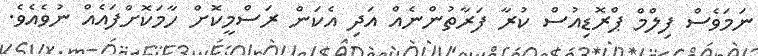
ނަމަވެސް ފިލްމް ޕްރޮޑިއުސް ކުރާ ފަރާތުންނެއް އަދި އެކަން ރަސްމީކޮށް ހާމަކޮށްފައެއް ނުވެއެެވެ.